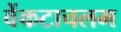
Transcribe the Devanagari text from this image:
वेंकटाचलम